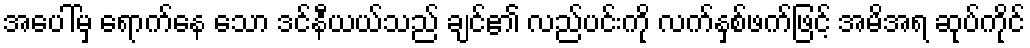
အပေါ်မှ ရောက်နေ သော ဒင်နီယယ်သည် ချင်၏ လည်ပင်းကို လက်နှစ်ဖက်ဖြင့် အမိအရ ဆုပ်ကိုင်